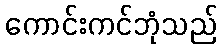
ကောင်းကင်ဘုံသည်